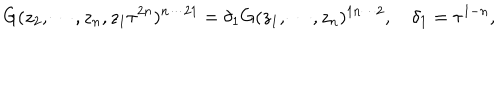
G ( z _ { 2 } , \cdots , z _ { n } , z _ { 1 } \tau ^ { 2 n } ) ^ { n \cdots 2 1 } = \delta _ { 1 } G ( z _ { 1 } , \cdots , z _ { n } ) ^ { 1 n \cdots 2 } , ~ \delta _ { 1 } = \tau ^ { 1 - n } ,